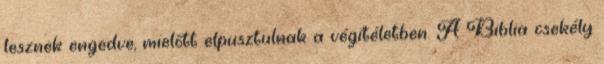
lesznek engedve, mielőtt elpusztulnak a végítéletben. A Biblia csekély